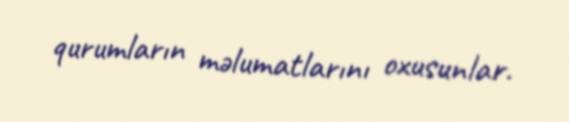
qurumların məlumatlarını oxusunlar.